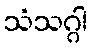
သံသဂ္ဂါ